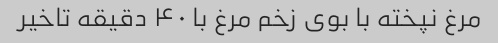
مرغ نپخته با بوی زخم مرغ با ۴۰ دقیقه تاخیر